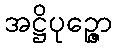
အဋ္ဌိပုဉ္ဇော